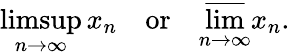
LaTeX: \operatorname*{limsup}_{n\to\infty}x_{n}\quad{\mathrm{or}}\quad\varlimsup_{n\to\infty}x_{n}.